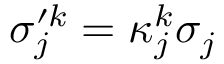
\sigma _ { j } ^ { \prime k } = \kappa _ { j } ^ { k } \sigma _ { j }